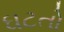
ઘટતો